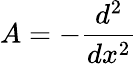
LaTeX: A=-{\frac{d^{2}}{dx^{2}}}